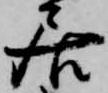
居